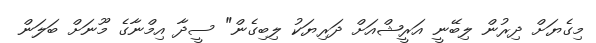
މިގެޔަށް ދިރުން ލިބޭނީ އަރީޝްއަށް ދަރިޔަކު ލިބިގެން" ސީދާ އިމްނާގެ މޫނަށް ބަލަން